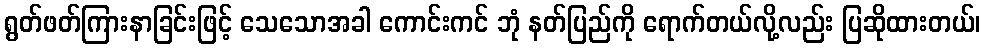
ရွတ်ဖတ်ကြားနာခြင်းဖြင့် သေသောအခါ ကောင်းကင် ဘုံ နတ်ပြည်ကို ရောက်တယ်လို့လည်း ပြဆိုထားတယ်၊